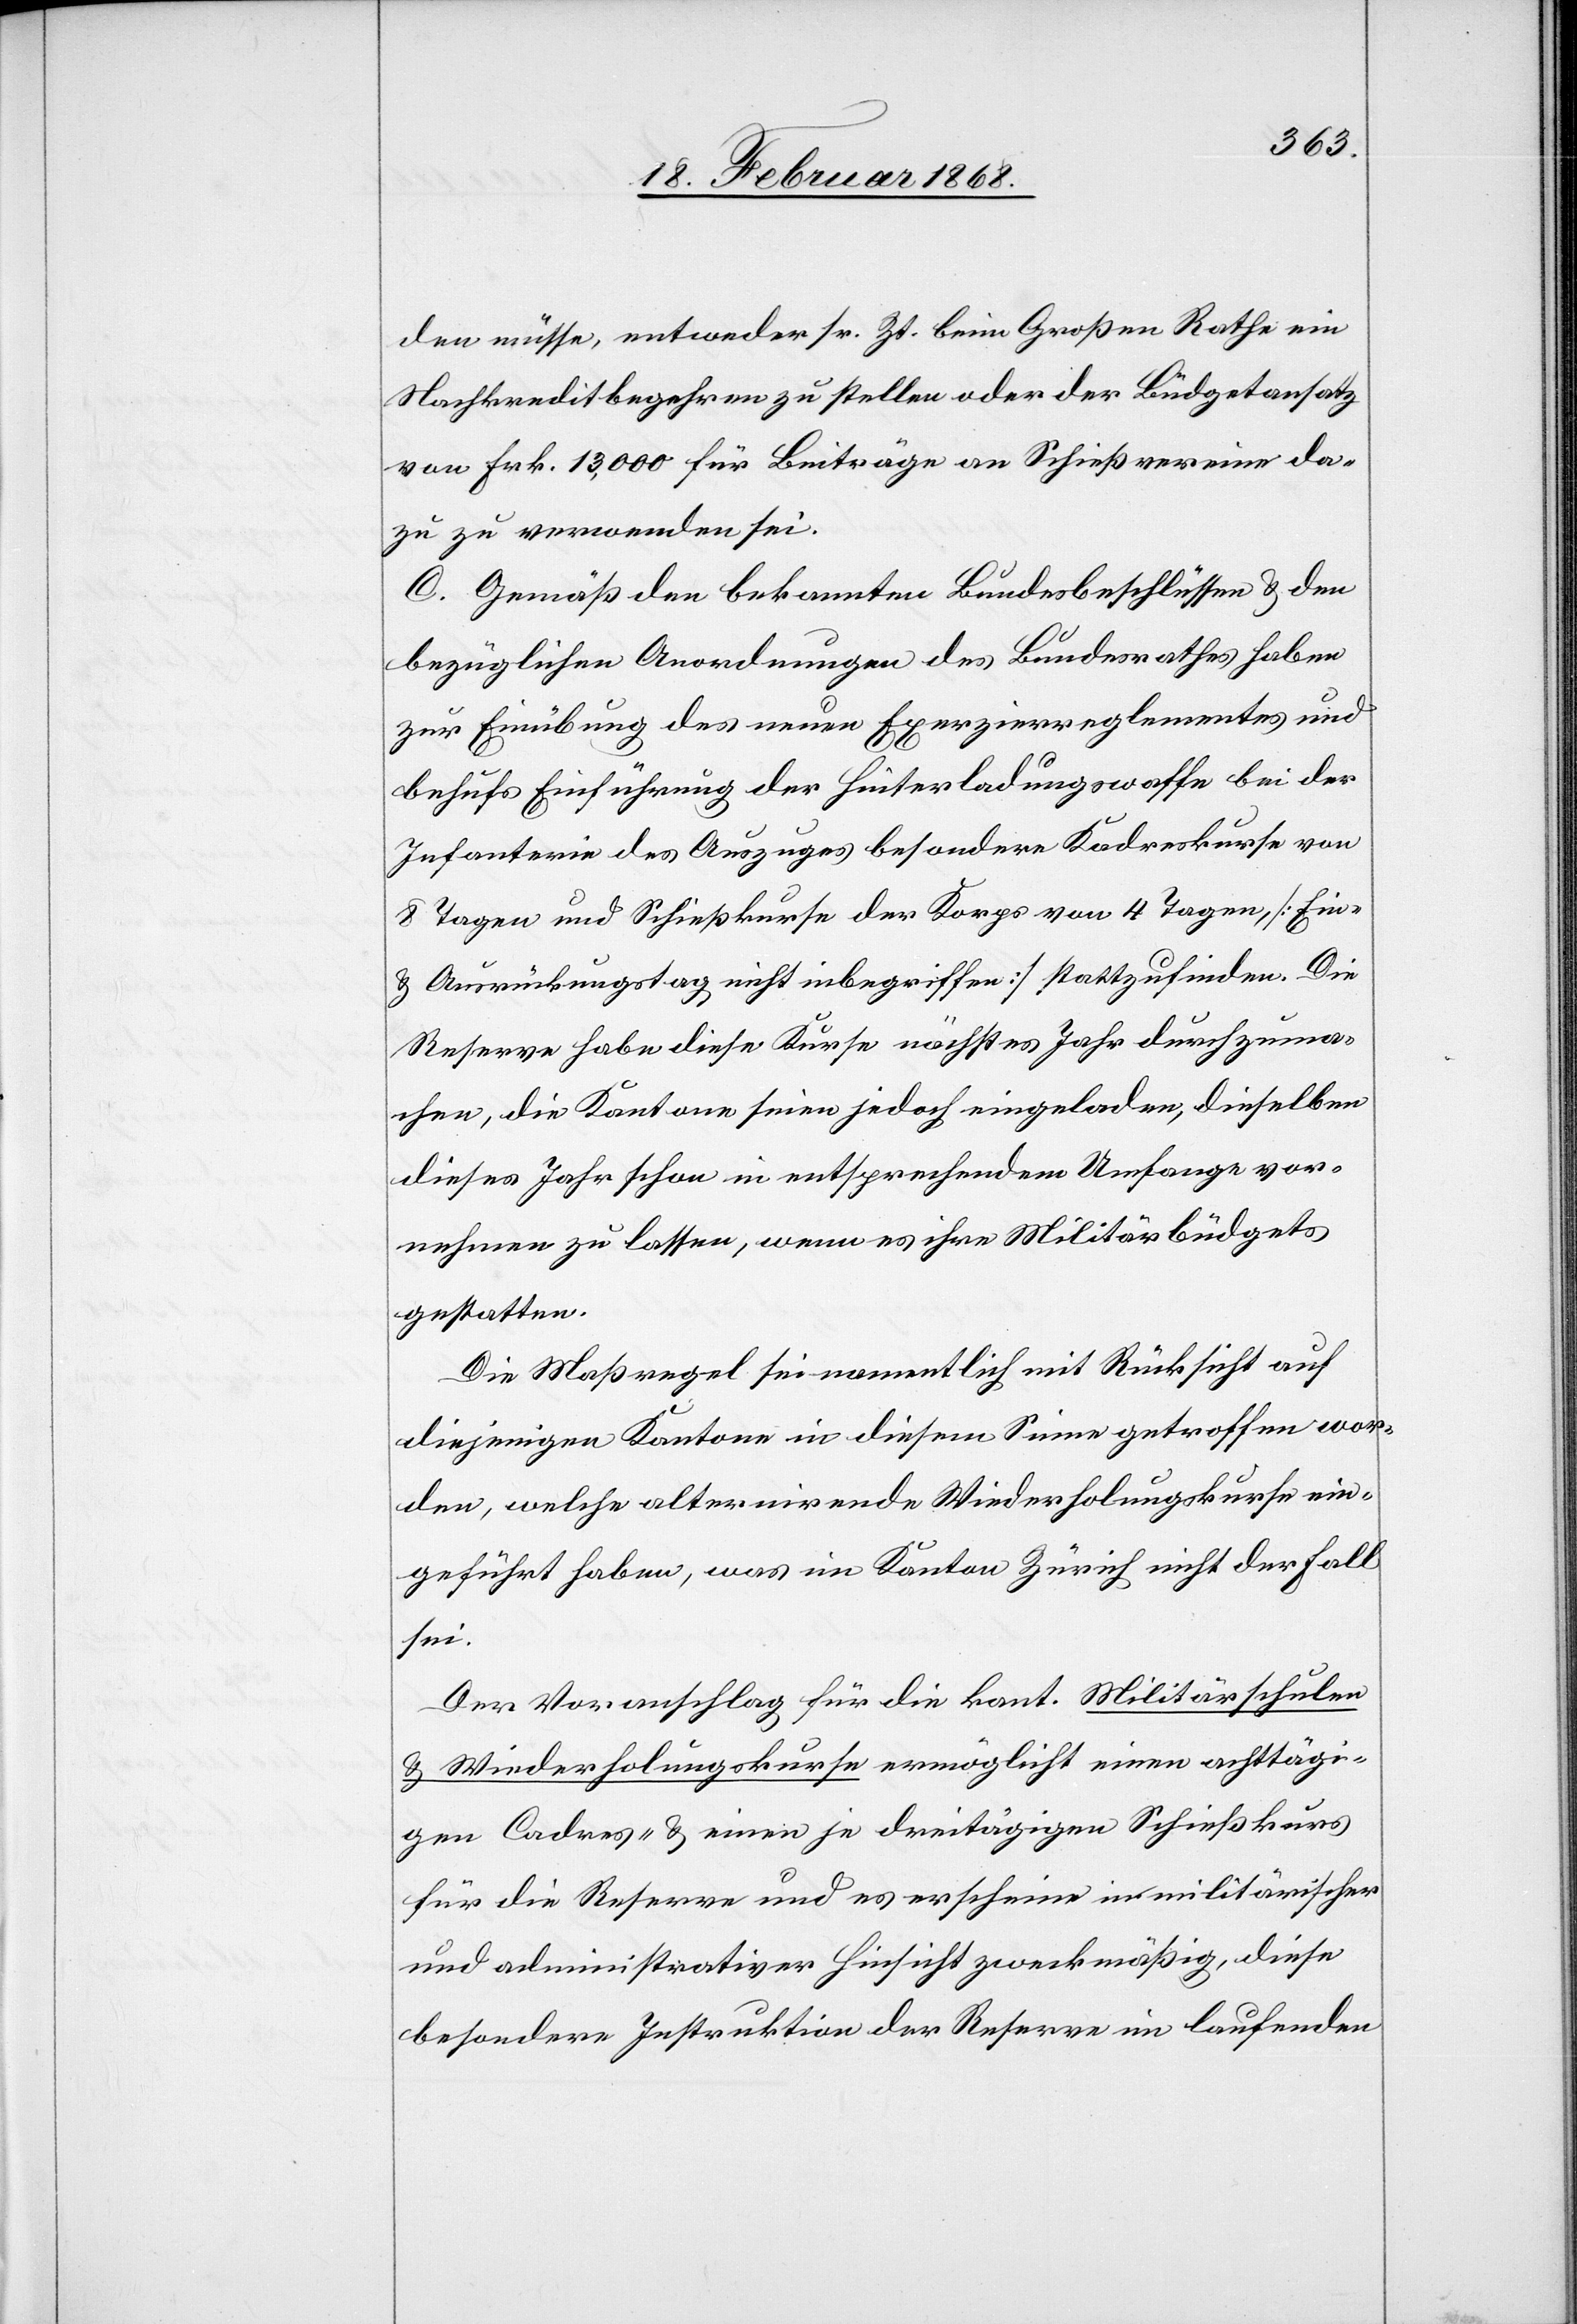
den müsse, entweder sr. Zt. beim Großen Rathe ein
Nachkreditbegehren zu stellen oder der Büdgetansatz
von Frk. 13,000 für Beiträge an Schießvereine da¬
zu zu verwenden sei.
C. Gemäß den bekannten Bundesbeschlüssen & den
bezüglichen Anordnungen des Bundesrathes haben
zur Einübung des neuen Exerzierreglementes und
behufs Einführung der Hinterladungswaffe bei der
Infanterie des Auszuges besondere Kadreskurse von
8 Tagen und Schießkurse der Korps von 4 Tagen [Ein-
& Ausrückungstag nicht inbegriffen] stattzufinden. Die
Reserve habe diese Kurse nächstes Jahr durchzuma¬
chen, die Kantone seien jedoch eingeladen, dieselben
dieses Jahr schon in entsprechendem Umfange vor¬
nehmen zu lassen, wenn es ihre Militärbüdgets
gestatten.
Die Maßregel sei namentlich mit Rücksicht auf
diejenigen Kantone in diesem Sinne getroffen wor¬
den, welche alternirende Wiederholungskurse ein¬
geführt haben, was im Kanton Zürich nicht der Fall
sei.
Der Voranschlag für die kant. Militärschulen
& Wiederholungskurse ermöglicht einen achttägi¬
gen Cadres- & einen je dreitägigen Schießkurs
für die Reserve und es erscheine in militärischer
und administrativer Hinsicht zweckmäßig, diese
besondere Instruktion der Reserve im laufenden